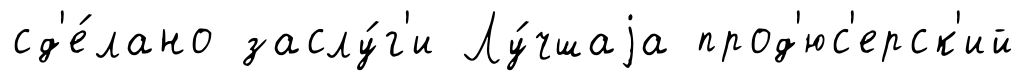
сд'е́лано заслу́г'и Лу́чшаjа прод'юс'ерск'ий